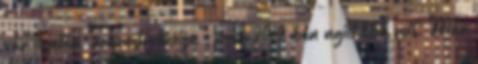
vár ilyetén "rekonstrukciója", már 2010-ben nyílt titok volt. Már